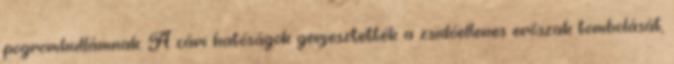
pogromhullámnak. A cári hatóságok gerjesztették a zsidóellenes erőszak tombolását,